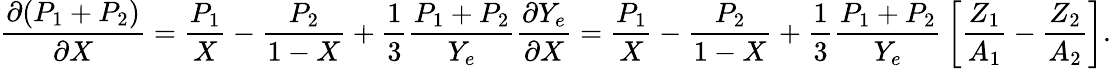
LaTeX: {\frac{\partial(P_{1}+P_{2})}{\partial X}}={\frac{P_{1}}{X}}-{\frac{P_{2}}{1-X}}+{\frac{1}{3}}{\frac{P_{1}+P_{2}}{Y_{e}}}{\frac{\partial Y_{e}}{\partial X}}={\frac{P_{1}}{X}}-{\frac{P_{2}}{1-X}}+{\frac{1}{3}}{\frac{P_{1}+P_{2}}{Y_{e}}}\left[{\frac{Z_{1}}{A_{1}}}-{\frac{Z_{2}}{A_{2}}}\right].